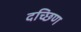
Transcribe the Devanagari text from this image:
दच्छिण